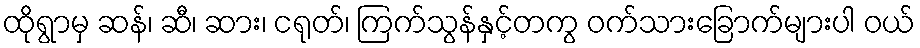
ထိုရွာမှ ဆန်၊ ဆီ၊ ဆား၊ ငရုတ်၊ ကြက်သွန်နှင့်တကွ ဝက်သားခြောက်များပါ ဝယ်